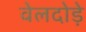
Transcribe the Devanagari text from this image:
वेलदोड़े